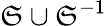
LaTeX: \mathfrak{S}\cup\mathfrak{S}^{-1}